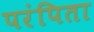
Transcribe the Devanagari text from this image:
परंपिता